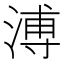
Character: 溥